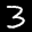
Label: 3